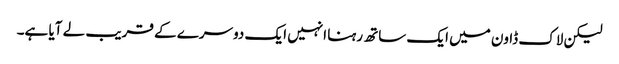
لیکن لاک ڈاون میں ایک ساتھ رہنا انہیں ایک دوسرے کے قریب لے آیا ہے۔